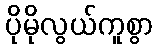
ပိုမိုလွယ်ကူစွာ